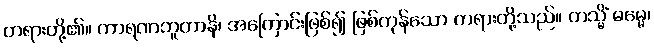
တရားတို့၏။ ကာရဏဘူတာနိ၊ အကြောင်းဖြစ်၍ ဖြစ်ကုန်သော တရားတို့သည်။ တသ္မိံ ဓမ္မေ၊